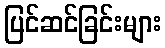
ပြင်ဆင်ခြင်းများ